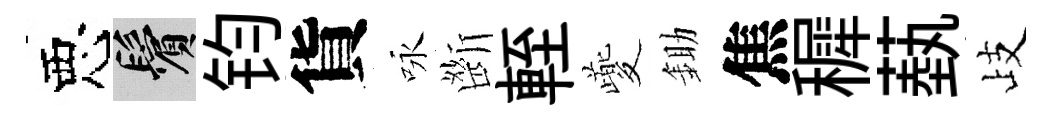
惡鬢钧貨咏㫁輊夔鋤焦穉蓺歧